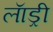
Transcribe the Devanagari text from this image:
लाॅड्री